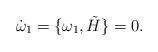
LaTeX: \begin{align*}\dot\omega_1=\lbrace \omega_1, \tilde H\rbrace =0.\end{align*}